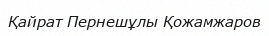
Қайрат Пернешұлы Қожамжаров